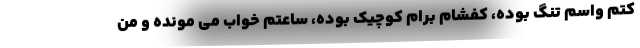
کتم واسم تنگ بوده، کفشام برام کوچیک بوده، ساعتم خواب می ‌مونده و من